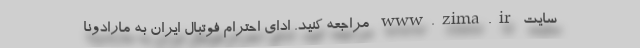
سایت www.zima.ir مراجعه کنید. ادای احترام فوتبال ایران به مارادونا